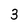
Character: 3